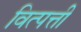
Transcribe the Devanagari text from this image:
वित्पत्ती